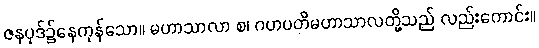
ဇနပုဒ်၌နေကုန်သော။ မဟာသာလာ စ၊ ဂဟပတိမဟာသာလတို့သည် လည်းကောင်း။